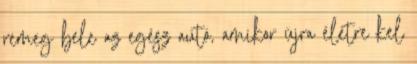
remeg bele az egész autó, amikor újra életre kel